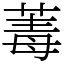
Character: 䓯